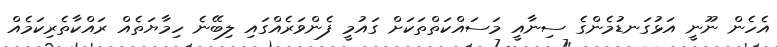
އެހެން ނޫނީ އަޅުގަނޑުމެންގެ ސިނާއީ މަސައްކަތްތަކަށް ގައުމީ ފެންވަރެއްގައި ލިބޭނެ ހިމާޔަތެއް ރައްކާތެރިކަމެއް